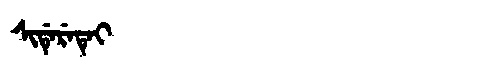
Manchu: ᠰᡳᡩᡝᡵᡝᡨᡝᡳ
Romanization: SIDERETEI